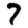
Digit: 7